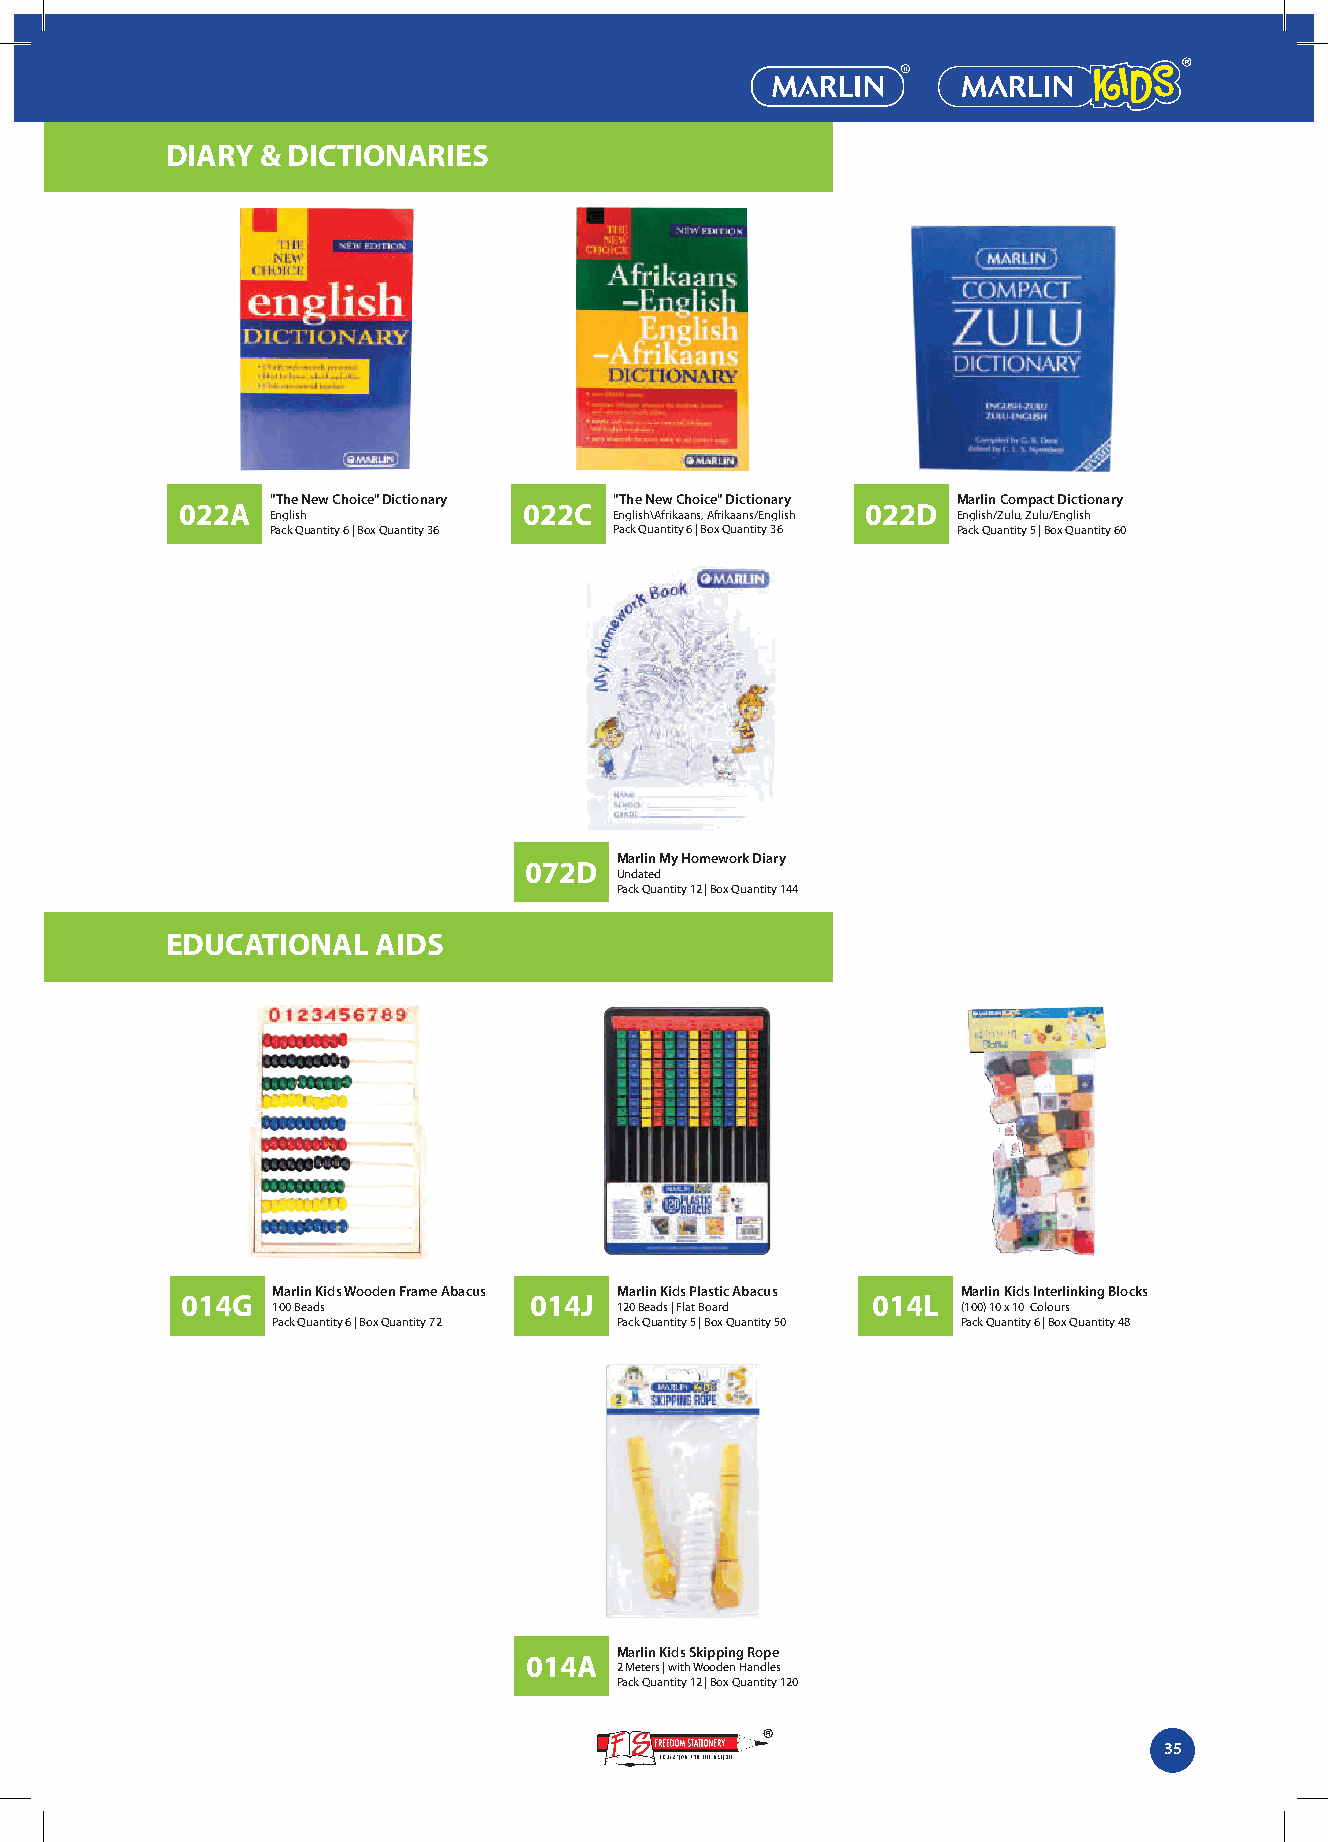
DIARY & DICTIONARIES
 "The New Choice" Dictionary "The New Choice" Dictionary Marlin Compact Dictionary
 022A                   022C                  022D
 English                English\Afrikaans, Afrikaans/English English/Zulu, Zulu/English
 Pack Quantity 6 | Box Quantity 36 Pack Quantity 6 | Box Quantity 36 Pack Quantity 5 | Box Quantity 60
 Marlin My Homework Diary
 072D
 Undated
 Pack Quantity 12 | Box Quantity 144
 EDUCATIONAL   AIDS
 Marlin Kids Wooden Frame Abacus Marlin Kids Plastic Abacus Marlin Kids Interlinking Blocks
 014G                   014J                   014L
 100 Beads              120 Beads | Flat Board (100) 10 x 10 Colours
 Pack Quantity 6 | Box Quantity 72 Pack Quantity 5 | Box Quantity 50 Pack Quantity 6 | Box Quantity 48
 Marlin Kids Skipping Rope
 014A
 2 Meters | with Wooden Handles
 Pack Quantity 12 | Box Quantity 120
 35